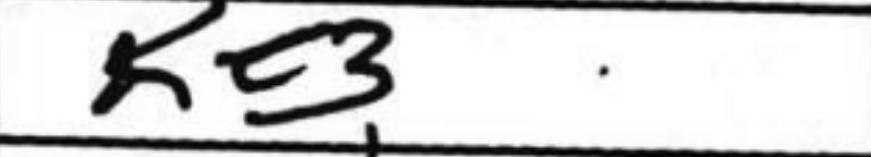
Transcription: Kc3